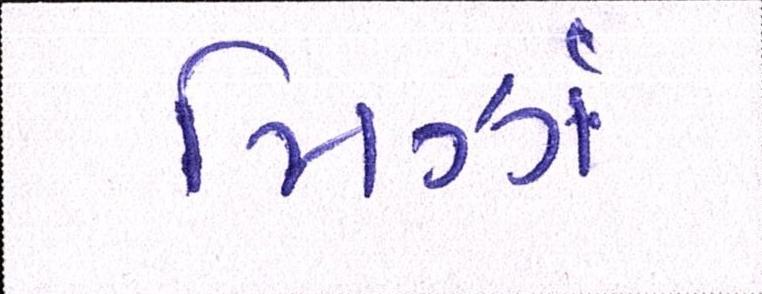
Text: મિર્ઝા